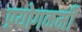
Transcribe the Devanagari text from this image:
प्रयोगकर्मी